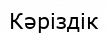
Кәріздік